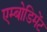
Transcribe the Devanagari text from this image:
एम्बोडिमेंट